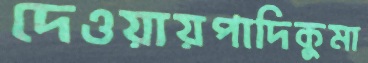
দেওয়ায়পাদিকুমা